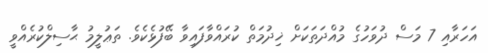
އަހަރާއި 7 މަސް ދުވަހުގެ މުއްދަތަކަށް ޚިދުމަތް ކުރައްވާފައިވާ ބޭފުޅެކެވެ. ތަޢުލީމު ޙާސިލްކުރެއްވީ